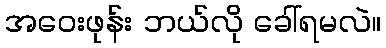
အဝေးဖုန်း ဘယ်လို ခေါ်ရမလဲ။